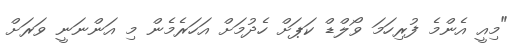
"މިއީ އެންމެ ފުރިހަމަ ވޯލްޑް ކަޕަށް ހެދުމަށް އަހަރެމެން މި އަންނަނީ ވަރަށް